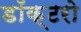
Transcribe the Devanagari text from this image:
डॉक्‍टरो